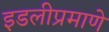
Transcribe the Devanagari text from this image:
इडलीप्रमाणे